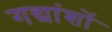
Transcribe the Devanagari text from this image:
गद्यांशों